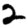
Digit: 2